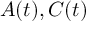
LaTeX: { \mathbf { } } A ( t ) , C ( t )